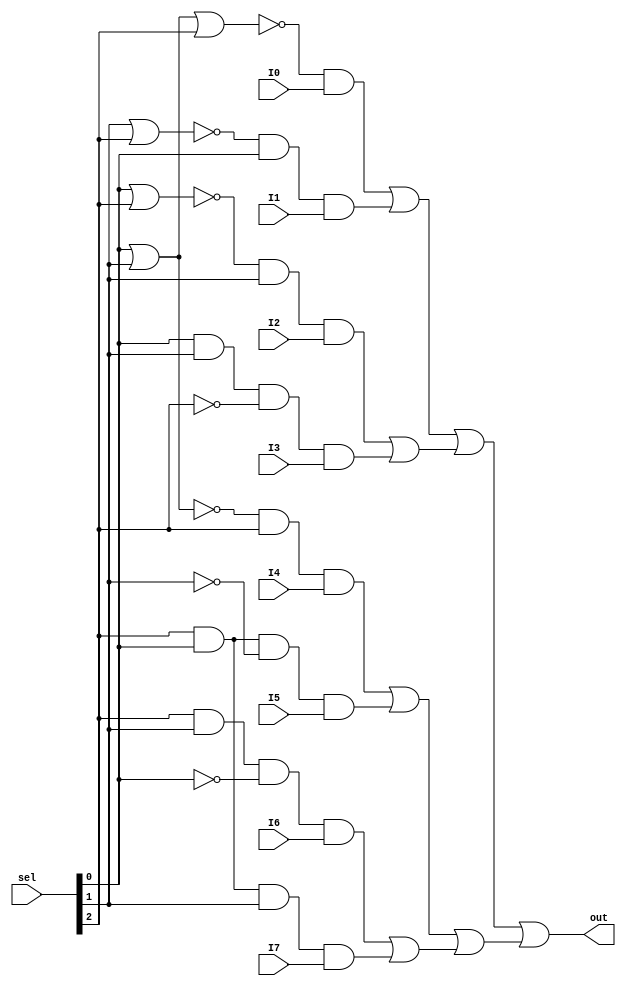
module Multiplexor_1_3(I0, I1, I2, I3, I4, I5, I6, I7, sel, out);
  input I0, I1, I2, I3, I4, I5, I6, I7;
  input [2:0] sel;
  output out;
  wire [0:0] C0, C0_1, C0_2, C1, C1_1, C2, C2_1, C3, C3_1, C3_2, C4, C4_1, C5, C5_1, C5_2, C6, C6_1, C6_2, C7, C7_1, OP0, OP1, OP2, OP3, OP4, OP5, OP6, OP7, POS0, POS1, POS2, POS3, POS4, POS5, POS6;
  
  // Es 0?
  nor (C0_1, sel[0], sel[1]);
  not (C0_2, C0_1);
  nor (C0, C0_2, sel[2]);
  
  // Es 1?
  nor (C1_1, sel[1], sel[2]);
  and (C1, C1_1, sel[0]);
  
  // Es 2?
  nor (C2_1, sel[0], sel[2]);
  and (C2, C2_1, sel[1]);
  
  // Es 3?
  and (C3_1, sel[0], sel[1]);
  not (C3_2, sel[2]);
  and (C3, C3_1, C3_2);
  
  // Es 4?
  nor (C4_1, sel[0], sel[1]);
  and (C4, C4_1, sel[2]);
  
  // Es 5?
  and (C5_1, sel[2], sel[0]);
  not (C5_2, sel[1]);
  and (C5, C5_1, C5_2);
  
  // Es 6?
  and (C6_1, sel[2], sel[1]);
  not (C6_2, sel[0]);
  and (C6, C6_1, C6_2);
  
  // Es 7?
  and (C7_1, sel[2], sel[0]);
  and (C7, C7_1, sel[1]);
  
  // Elegir el bit correcto 
  
  and (OP0, C0, I0);
  and (OP1, C1, I1);
  and (OP2, C2, I2);
  and (OP3, C3, I3);
  and (OP4, C4, I4);
  and (OP5, C5, I5);
  and (OP6, C6, I6);
  and (OP7, C7, I7);
  
  // Dejar pasar bit seleccionado
  
  or (POS1, OP0, OP1);
  or (POS2, OP2, OP3);
  or (POS3, OP4, OP5);
  or (POS4, OP6, OP7);
  or (POS5, POS1, POS2);
  or (POS6, POS3, POS4);
  or (out, POS5, POS6);
endmodule

module Multiplexor_32_3(I0, I1, I2, I3, I4, I5, I6, I7, sel, out);
  input [31:0] I0, I1, I2, I3, I4, I5, I6, I7;
  input [2:0] sel;
  output [31:0] out;
  Multiplexor_1_3 M13_0 (I0[0], I1[0], I2[0], I3[0], I4[0], I5[0], I6[0], I7[0], sel, out[0]);
Multiplexor_1_3 M13_1 (I0[1], I1[1], I2[1], I3[1], I4[1], I5[1], I6[1], I7[1], sel, out[1]);
Multiplexor_1_3 M13_2 (I0[2], I1[2], I2[2], I3[2], I4[2], I5[2], I6[2], I7[2], sel, out[2]);
Multiplexor_1_3 M13_3 (I0[3], I1[3], I2[3], I3[3], I4[3], I5[3], I6[3], I7[3], sel, out[3]);
Multiplexor_1_3 M13_4 (I0[4], I1[4], I2[4], I3[4], I4[4], I5[4], I6[4], I7[4], sel, out[4]);
Multiplexor_1_3 M13_5 (I0[5], I1[5], I2[5], I3[5], I4[5], I5[5], I6[5], I7[5], sel, out[5]);
Multiplexor_1_3 M13_6 (I0[6], I1[6], I2[6], I3[6], I4[6], I5[6], I6[6], I7[6], sel, out[6]);
Multiplexor_1_3 M13_7 (I0[7], I1[7], I2[7], I3[7], I4[7], I5[7], I6[7], I7[7], sel, out[7]);
Multiplexor_1_3 M13_8 (I0[8], I1[8], I2[8], I3[8], I4[8], I5[8], I6[8], I7[8], sel, out[8]);
Multiplexor_1_3 M13_9 (I0[9], I1[9], I2[9], I3[9], I4[9], I5[9], I6[9], I7[9], sel, out[9]);
Multiplexor_1_3 M13_10 (I0[10], I1[10], I2[10], I3[10], I4[10], I5[10], I6[10], I7[10], sel, out[10]);
Multiplexor_1_3 M13_11 (I0[11], I1[11], I2[11], I3[11], I4[11], I5[11], I6[11], I7[11], sel, out[11]);
Multiplexor_1_3 M13_12 (I0[12], I1[12], I2[12], I3[12], I4[12], I5[12], I6[12], I7[12], sel, out[12]);
Multiplexor_1_3 M13_13 (I0[13], I1[13], I2[13], I3[13], I4[13], I5[13], I6[13], I7[13], sel, out[13]);
Multiplexor_1_3 M13_14 (I0[14], I1[14], I2[14], I3[14], I4[14], I5[14], I6[14], I7[14], sel, out[14]);
Multiplexor_1_3 M13_15 (I0[15], I1[15], I2[15], I3[15], I4[15], I5[15], I6[15], I7[15], sel, out[15]);
Multiplexor_1_3 M13_16 (I0[16], I1[16], I2[16], I3[16], I4[16], I5[16], I6[16], I7[16], sel, out[16]);
Multiplexor_1_3 M13_17 (I0[17], I1[17], I2[17], I3[17], I4[17], I5[17], I6[17], I7[17], sel, out[17]);
Multiplexor_1_3 M13_18 (I0[18], I1[18], I2[18], I3[18], I4[18], I5[18], I6[18], I7[18], sel, out[18]);
Multiplexor_1_3 M13_19 (I0[19], I1[19], I2[19], I3[19], I4[19], I5[19], I6[19], I7[19], sel, out[19]);
Multiplexor_1_3 M13_20 (I0[20], I1[20], I2[20], I3[20], I4[20], I5[20], I6[20], I7[20], sel, out[20]);
Multiplexor_1_3 M13_21 (I0[21], I1[21], I2[21], I3[21], I4[21], I5[21], I6[21], I7[21], sel, out[21]);
Multiplexor_1_3 M13_22 (I0[22], I1[22], I2[22], I3[22], I4[22], I5[22], I6[22], I7[22], sel, out[22]);
Multiplexor_1_3 M13_23 (I0[23], I1[23], I2[23], I3[23], I4[23], I5[23], I6[23], I7[23], sel, out[23]);
Multiplexor_1_3 M13_24 (I0[24], I1[24], I2[24], I3[24], I4[24], I5[24], I6[24], I7[24], sel, out[24]);
Multiplexor_1_3 M13_25 (I0[25], I1[25], I2[25], I3[25], I4[25], I5[25], I6[25], I7[25], sel, out[25]);
Multiplexor_1_3 M13_26 (I0[26], I1[26], I2[26], I3[26], I4[26], I5[26], I6[26], I7[26], sel, out[26]);
Multiplexor_1_3 M13_27 (I0[27], I1[27], I2[27], I3[27], I4[27], I5[27], I6[27], I7[27], sel, out[27]);
Multiplexor_1_3 M13_28 (I0[28], I1[28], I2[28], I3[28], I4[28], I5[28], I6[28], I7[28], sel, out[28]);
Multiplexor_1_3 M13_29 (I0[29], I1[29], I2[29], I3[29], I4[29], I5[29], I6[29], I7[29], sel, out[29]);
Multiplexor_1_3 M13_30 (I0[30], I1[30], I2[30], I3[30], I4[30], I5[30], I6[30], I7[30], sel, out[30]);
Multiplexor_1_3 M13_31 (I0[31], I1[31], I2[31], I3[31], I4[31], I5[31], I6[31], I7[31], sel, out[31]);
  
endmodule